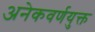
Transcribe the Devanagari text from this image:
अनेकवर्णयुक्त